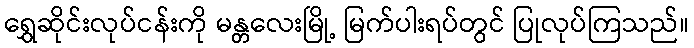
ရွှေဆိုင်းလုပ်ငန်းကို မန္တလေးမြို့ မြက်ပါးရပ်တွင် ပြုလုပ်ကြသည်။